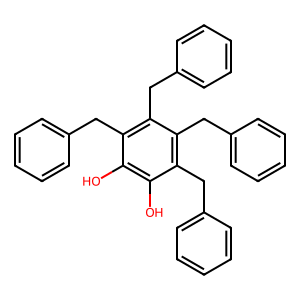
SMILES: Oc1c(O)c(Cc2ccccc2)c(Cc2ccccc2)c(Cc2ccccc2)c1Cc1ccccc1
Inhibits HIV replication: No